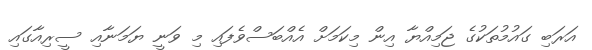
އަރަބި ގައުމުތަކުގެ ޖަމިއްޔާ އިން މިކަމަށް އެއްބަސްވެފައި މި ވަނީ ޔަމަނާއި ސީރިއާގައި